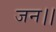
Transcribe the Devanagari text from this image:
जन।।